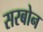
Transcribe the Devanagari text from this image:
सरबोन